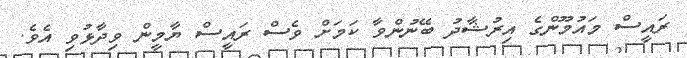
ރައީސް މައުމޫންގެ އިރުޝާދު ބޭނުންވާ ކަމަށް ވެސް ރައީސް ޔާމީން ވިދާޅުވި އެވެ.